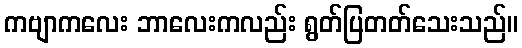
ကဗျာကလေး ဘာလေးကလည်း ရွတ်ပြတတ်သေးသည်။